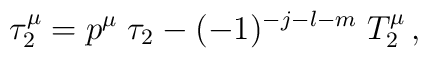
\tau_2^{\mu}=p^{\mu}\;\tau_2-(-1)^{-j-l-m}\;T_2^{\mu}\,,